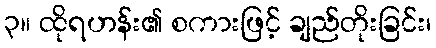
၃။ ထိုရဟန်း၏ စကားဖြင့် ချည်တိုးခြင်း၊